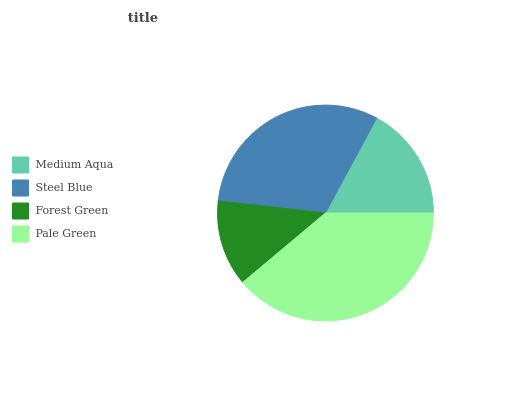
| Medium Aqua | Steel Blue | Forest Green | Pale Green |
 | --- | --- | --- | --- |
 | 17.2% | 31.1% | 12.9% | 38.9% |